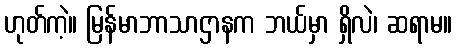
ဟုတ်ကဲ့။ မြန်မာဘာသာဌာနက ဘယ်မှာ ရှိလဲ၊ ဆရာမ။